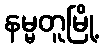
နမ္မတူမြို့